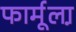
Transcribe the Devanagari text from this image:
फार्मूला़